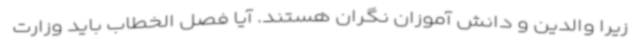
زیرا والدین و دانش آموزان نگران هستند. آیا فصل الخطاب باید وزارت